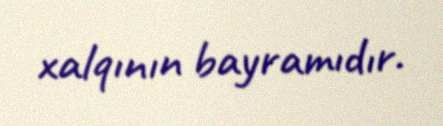
xalqının bayramıdır.